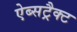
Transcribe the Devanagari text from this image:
ऐब्सट्रैक्ट